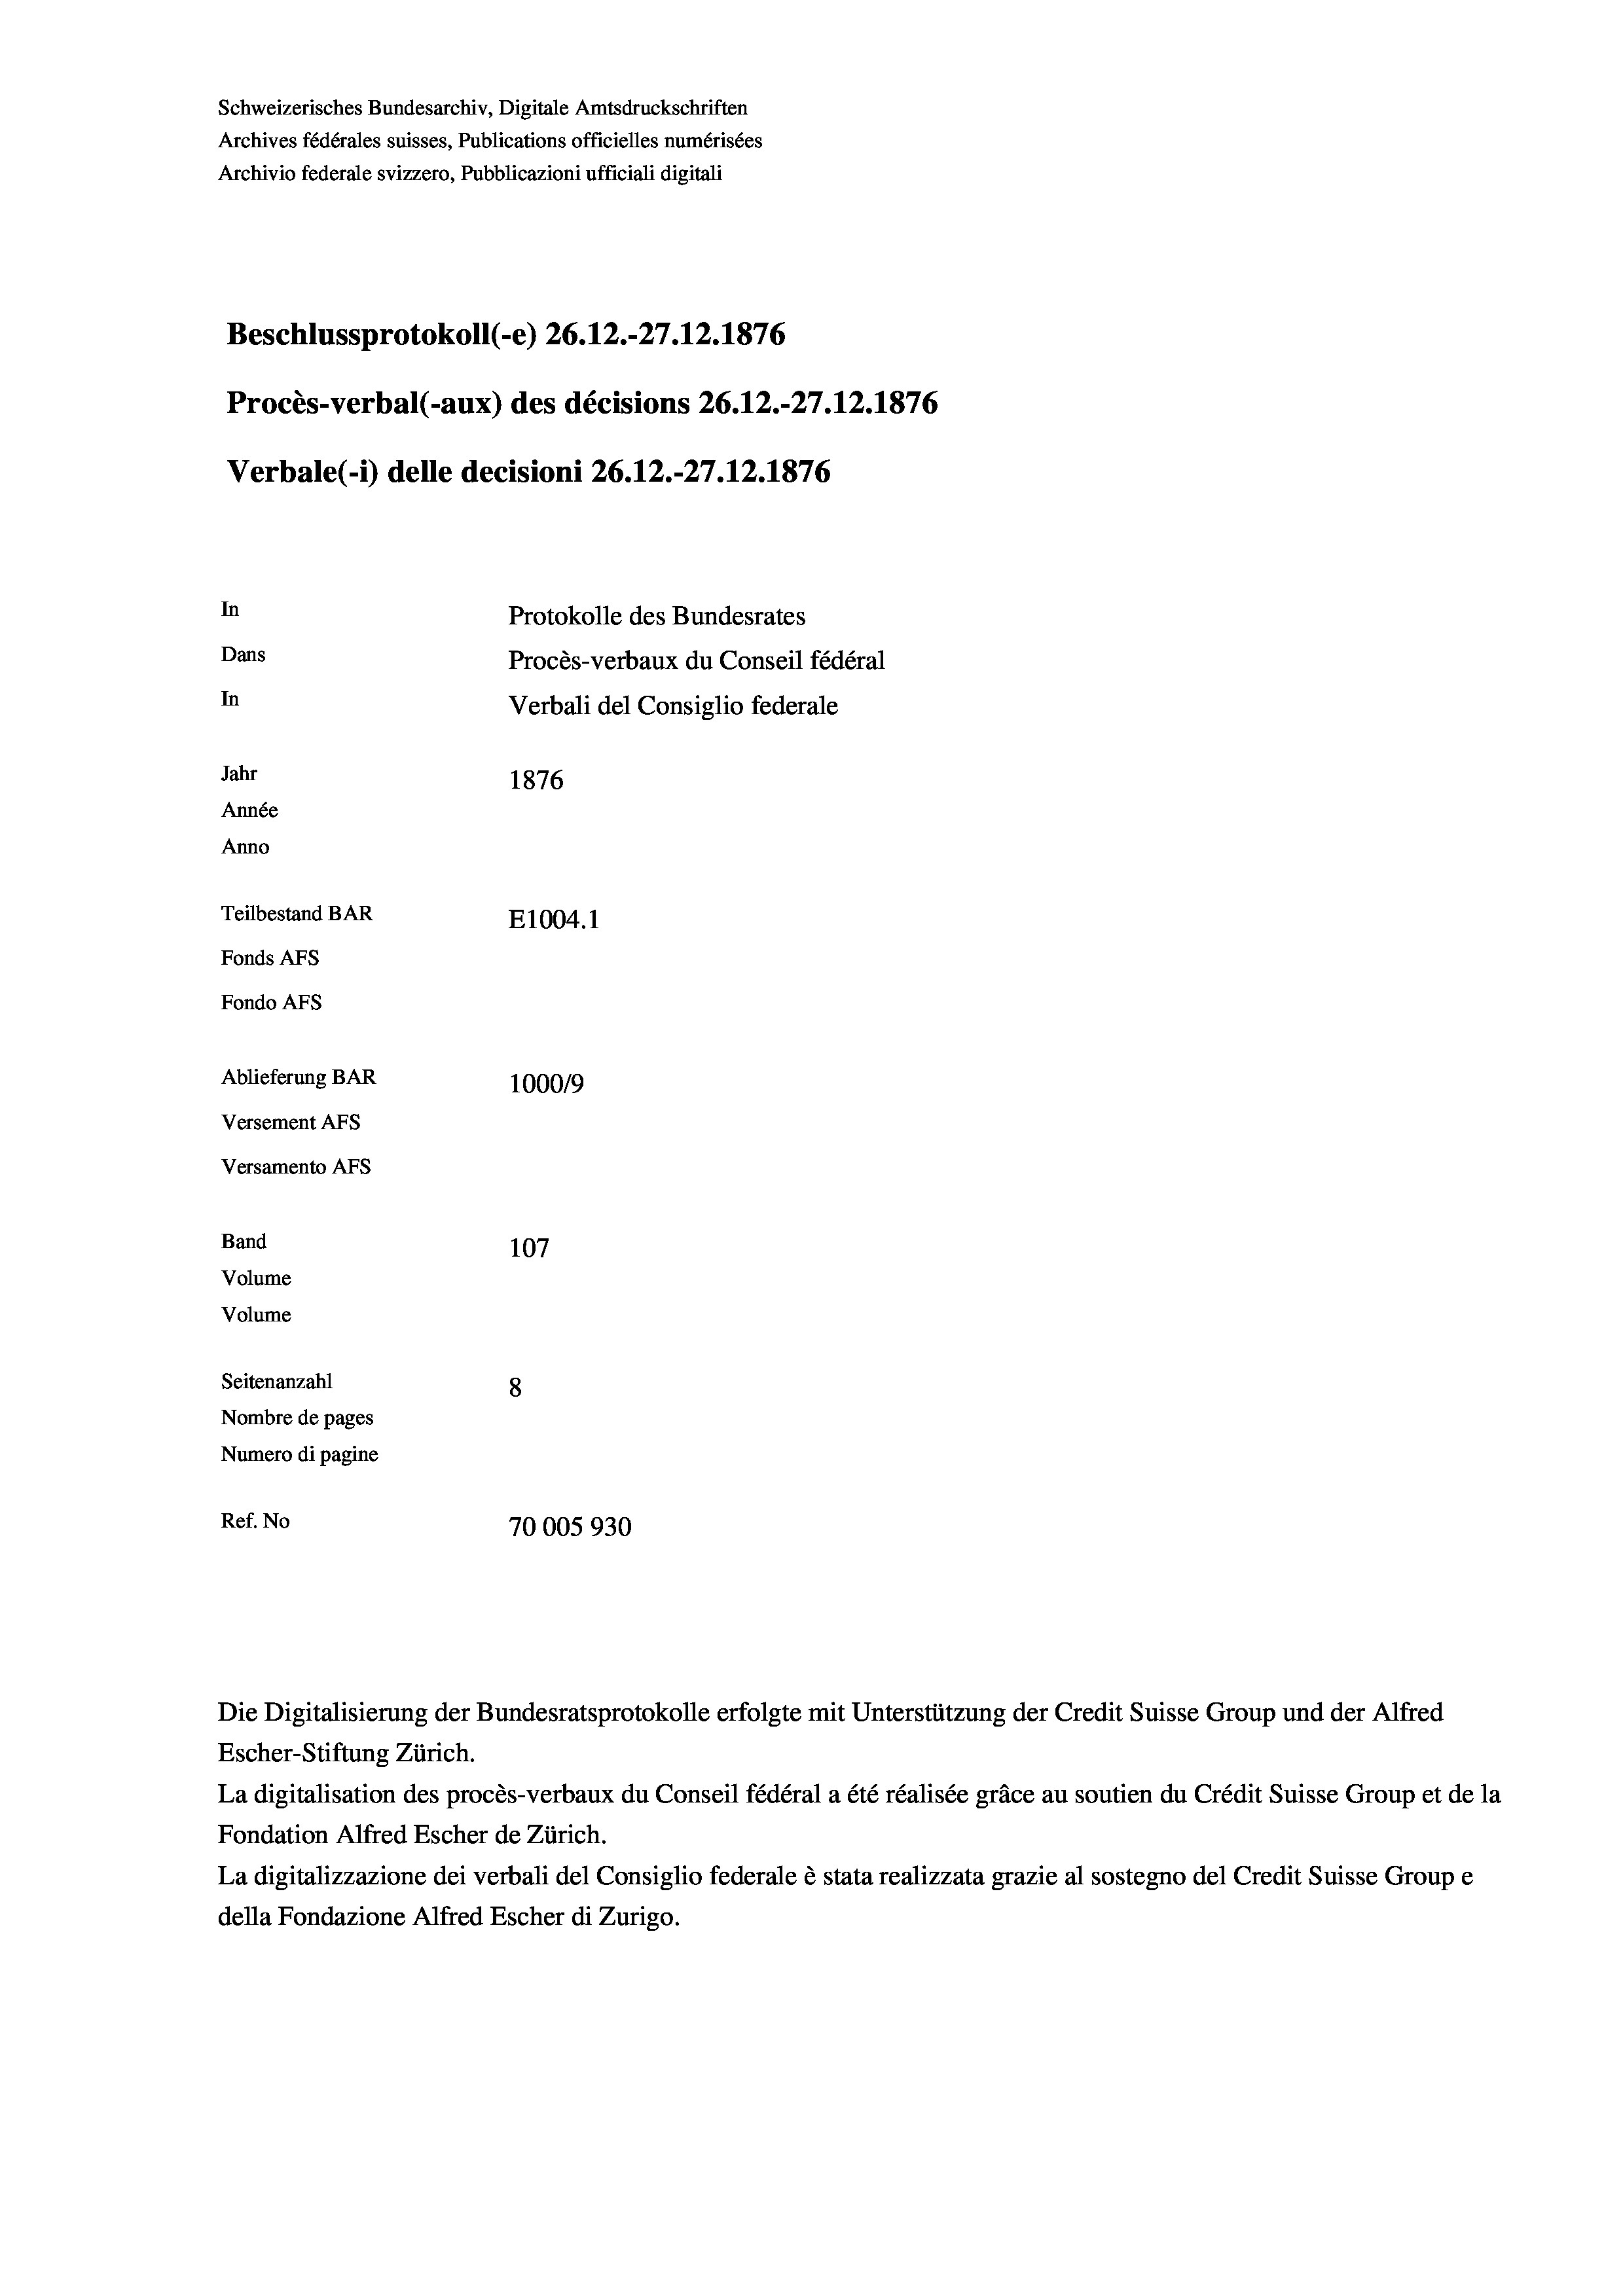
Schweizerisches Bundesarchiv, Digitale Amtsdruckschriften
Archives fédérales suisses, Publications officielles numérisées
Archivio federale svizzero, Pubblicazioni ufficiali digitali
Beschlussprotokoll (-e) 26.12.-27.12.1876
Procès-verbal (-aux) des décisions 26.12.-27.12.1876
Verbale(- 1) delle decisioni 26.12.-27.12.1876
In
Protokolle des Bundesrates
Dans
Procès-verbaux du Conseil fédéral
In
Verbali del Consiglio federale
Jahr
1876
Année
Anno
Teilbestand BAR
E1004. 1
Fonds Afs
Fondo AFs
Ablieferung BAR
1000/9
Versement AFs
Versamento Afs
Band
107
Volume
Volume
Seitenanzahl
8
Nombre de pages
Numero di pagine
Ref. No
70005930

Die Digitalisierung der Bundesratsprotokolle erfolgte mit Unterstützung der Credit Suisse Group und der Alfred
Escher-Stiftung Zürich.
La digitalisation des procès-verbaux du Conseil fédéral a été réalisée gräce au soutien du Crédit Suisse Group et de la
Fondation Alfred Escher de Zürich.
La digitalizzazione dei verbali del Consiglio federale è stata realizzata grazie al sostegno del Credit Suisse Groupe
della Fondazione Alfred Escher di Zurigo.